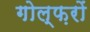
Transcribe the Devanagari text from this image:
गोल्फ़रों